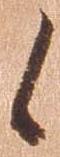
候